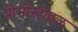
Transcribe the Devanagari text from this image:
प्रोमोस्टाइल